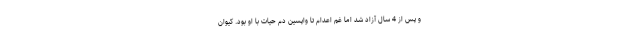
و پس از 4 سال آزاد شد اما غم اعدام تا واپسین دم حیات با او بود. کیوان